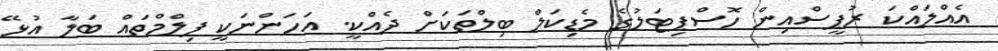
އެއްލައްކަ ރުޕީސްއިން ހޮސްޕިޓަލުގެ މެޑިކަލް ބިލްތަކަށް ދެއްކީ. އަހަންނަކީ ފިލްމްތައް ބަލާ އުޅޭ